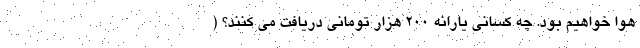
هوا خواهیم بود. چه کسانی یارانه 200 هزار تومانی دریافت می کنند؟ (